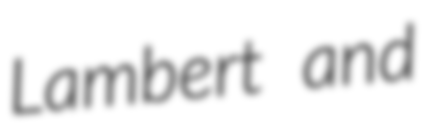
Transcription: Lambert and